Indian journal of veterinary science and animal husbandry - Volume 14,
Year: 1944
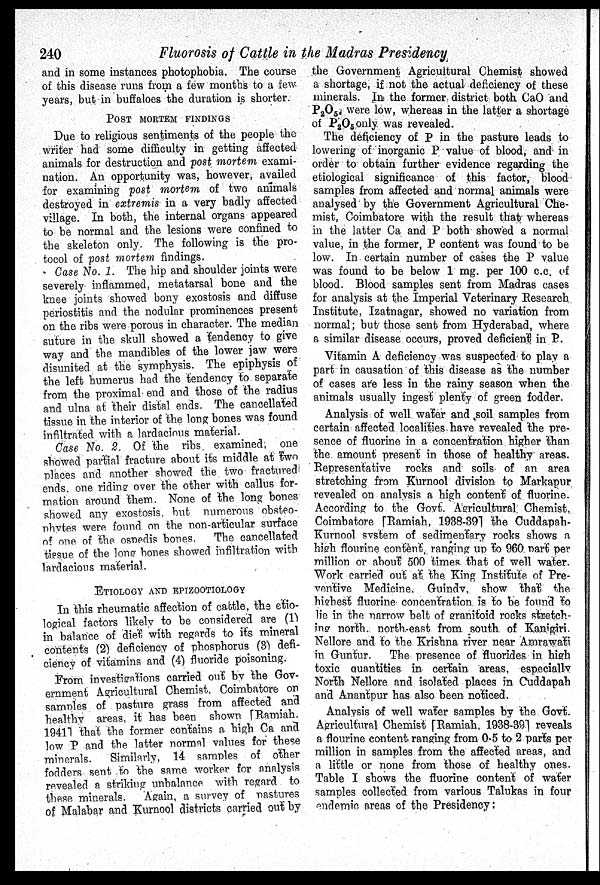
240
Fluorosis of Cattle in the Madras Presidency
and in some instances photophobia. The course
of this disease runs from a few months to a few
years, but in buffaloes the duration is shorter.
POST MORTEM FINDINGS
Due to religious sentiments of the people the
writer had some difficulty in getting affected
animals for destruction and post mortem exami-
nation. An opportunity was, however, availed
for examining post mortem of two animals
destroyed in extremis in a very badly affected
village. In both, the internal organs appeared
to be normal and the lesions were confined to
the skeleton only. The following is the pro-
tocol of post mortem findings.
Case No. 1. The hip and shoulder joints were
severely inflammed, metatarsal bone and the
knee joints showed bony exostosis and diffuse
periostitis and the nodular prominences present
on the ribs were porous in character. The median
suture in the skull showed a tendency to give
way and the mandibles of the lower jaw were
disunited at the symphysis. The epiphysis of
the left humerus had the tendency to separate
from the proximal end and those of the radius
and ulna at their distal ends. The cancellated
tissue in the interior of the long bones was found
infiltrated with a lardacious material.
Case No. 2. Of the ribs examined, one
showed partial fracture about its middle at two
places and another showed the two fractured
ends, one riding over the other with callus for-
mation around them. None of the long bones
showed any exostosis but numerous obsteo¬
phytes were found on the non-articular surface
of one of the ospedis bones.
The cancellated
tissue of the long bones showed infiltration with
lardacious material.
ETIOLOGY AND EPIZOOTIOLOGY
In this rheumatic affection of cattle, the etio-
logical factors likely to be considered are (1)
in balance of diet with regards to its mineral
contents (2) deficiency of phosphorus (3) defi-
ciency of vitamins and (4) fluoride poisoning.
From investigations carried out by the Gov-
ernment Agricultural Chemist, Coimbatore on
samples of pasture grass from affected and
healthy areas, it has been shown [Ramiah.
19411 that the former contains a high Ca and
low P and the latter normal values for these
minerals.
Similarly, 14 samples of other
fodders sent to the same worker for analysis
revealed a striking unbalance with regard to
these minerals.
Again, a survey of pastures
of Malabar and Kurnool districts carried out by
the Government Agricultural Chemist showed
a shortage, if not the actual deficiency of these
minerals. In the former district both CaO and
P 2 O 5 were low, whereas in the latter a shortage
of P 2 O 5 only was revealed.
The deficiency of P in the pasture leads to
lowering of inorganic P value of blood, and in
order to obtain further evidence regarding the
etiological significance of this factor, blood
samples from affected and normal animals were
analysed by the Government Agricultural Che-
mist, Coimbatore with the result that whereas
in the latter Ca and P both showed a normal
value, in the former, P content was found to be
low. In certain number of cases the P value
was found to be below 1 mg. per 100 c.c. of
blood. Blood samples sent from Madras cases
for analysis at the Imperial Veterinary Research
Institute, Izatnagar, showed no variation from
normal; but those sent from Hyderabad, where
a similar disease occurs, proved deficient in P.
Vitamin A deficiency was suspected to play a
part in causation of this disease as the number
of cases are less in the rainy season when the
animals usually ingest plenty of green fodder.
Analysis of well water and soil samples from
certain affected localities have revealed the pre-
sence of fluorine in a concentration higher than
the amount present in those of healthy areas.
Representative rocks and soils of an area
stretching from Kurnool division to Markapur
revealed on analysis a high content of fluorine.
According to the Govt. Agricultural Chemist,
Coimbatore [Ramiah, 1938-39] the Cuddapah-
Kurnool system of sedimentary rocks shows a
high flourine content, ranging up to 960 part per
million or about 500 times that of well water.
Work carried out at the King Institute of Pre-
ventive Medicine. Guindy, show that the
highest fluorine concentration is to be found to
lie in the narrow belt of granitoid rocks stretch-
ing north. north-east from south of Kanigiri.
Nellore and to the Krishna river near Amrawati
in Guntur.
The presence of fluorides in high
toxic quantities in certain areas, especially
North Nellore and isolated places in Cuddapah
and Anantpur has also been noticed.
Analysis of well water samples by the Govt.
Agricultural Chemist [Ramiah, 1938-39] reveals
a flourine content ranging from 0.5 to 2 parts per
million in samples from the affected areas, and
a little or none from those of healthy ones.
Table I shows the fluorine content of water
samples collected from various Talukas in four
endemic areas of the Presidency: